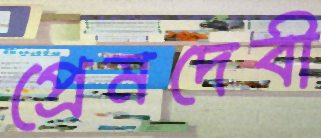
প্রেমদেবী